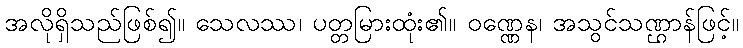
အလိုရှိသည်ဖြစ်၍။ သေလဿ၊ ပတ္တမြားထုံး၏။ ဝဏ္ဏေန၊ အသွင်သဏ္ဌာန်ဖြင့်။